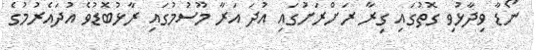
ނޯޑާ ވިދާޅުވި ގޮތުގައި ގިރާ ރަށްރަށުގައި އުދަ އަރާ މޫސުމުގައި ރާޅުބޮޑުވެ އުދައެރުމުގެ